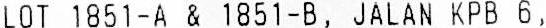
LOT 1851-A & 1851-B, JALAN KPB 6,